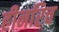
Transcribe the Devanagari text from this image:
हीनरिच